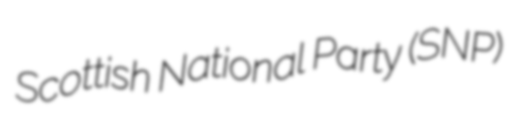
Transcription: Scottish National Party (SNP)